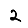
Digit: 2